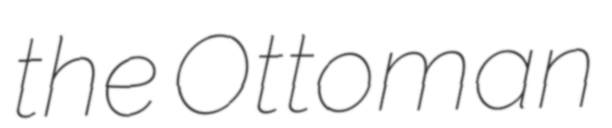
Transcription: the Ottoman